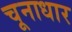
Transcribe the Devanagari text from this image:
चूनाधार